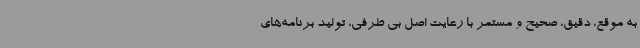
به موقع، دقیق، صحیح و مستمر با رعایت اصل بی طرفی، تولید برنامه‌های